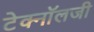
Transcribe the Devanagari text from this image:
टेक्‍नॉलजी